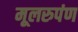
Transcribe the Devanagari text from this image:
मूलरुपंण